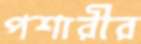
পশারীর